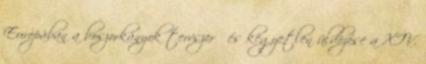
Európában a boszorkányok tervszerű és kegyetlen üldözése a XIV.